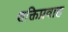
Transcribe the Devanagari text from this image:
शक्तिप्रवाह